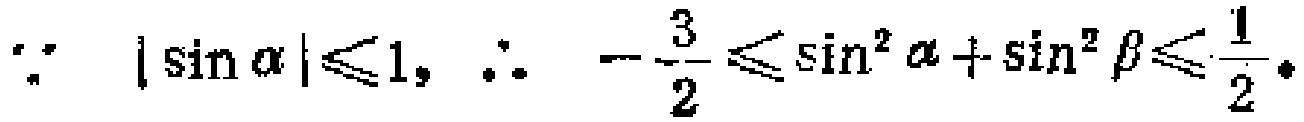
\(\because\ |\sin \alpha|\leqslant1, \therefore\ -\frac{3}{2}\leqslant\sin^{2}\alpha+\sin^{2}\beta\leqslant\frac{1}{2}.\)